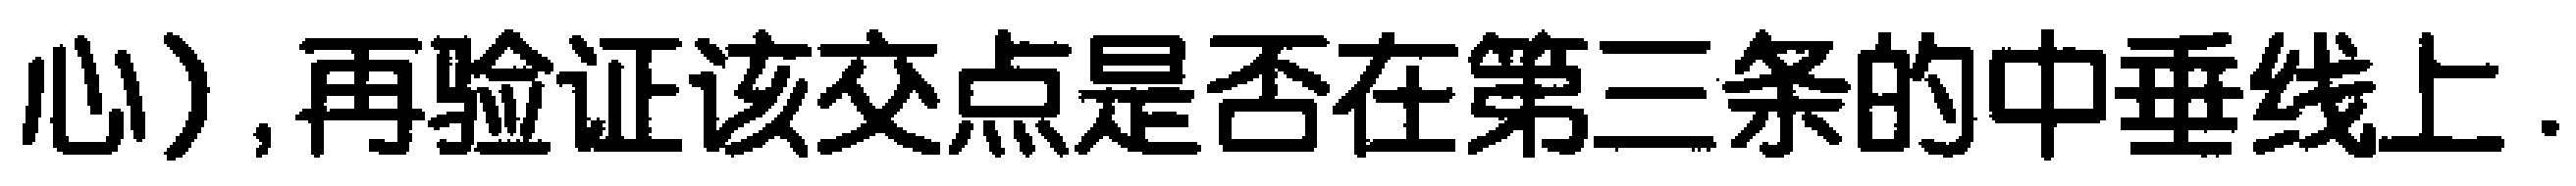
心）,再验证该交点是否在第三条的中垂线上.